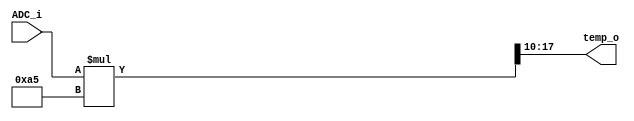
//Module that computes equivalent tempertature given a ADC value
module pt100( 
	input 	[9:0] 	ADC_i, 
	output 	[7:0] 	temp_o
); 
	parameter ADC_RES = 10; 
	
	//Multiply by rational?
	//Multiply by an integer then divide by an integer too
	//For exmaple x = 140/1023
	reg [19:0] mult = 20'b0; 
	always @(ADC_i) 
		//mult = ADC_i*10'h96; 			//Multiply by 150
		mult = ADC_i*10'hA5; 			//Multiply by 165
	assign temp_o = mult[ADC_RES+7:ADC_RES]; 	//Divide by 4096
endmodule 

/**
//Testbench 
module pt100_tb(); 
	reg [15:0] ADC_tb; 
	wire [7:0] temp_tb; 
	pt100 PT100_U0(ADC_tb, temp_tb); 
	
	initial 
		ADC_tb = 16'b0; 
	
	always begin 
		#50
			ADC_tb = 16'hFACE; 
		#50
			ADC_tb = 16'hBACE; 
		#50
			ADC_tb = 16'hFFFF; 
	end 
endmodule 
**/